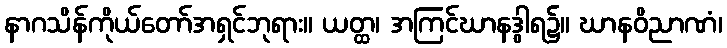
နာဂသိန်ကိုယ်တော်အရှင်ဘုရား။ ယတ္ထ၊ အကြင်ဃာနဒွါရ၌။ ဃာနဝိညာဏံ၊